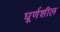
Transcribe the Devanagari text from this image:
घूर्णशील